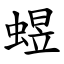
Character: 䗑